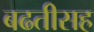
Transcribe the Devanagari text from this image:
बढतीसह